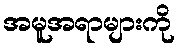
အမူအရာများကို